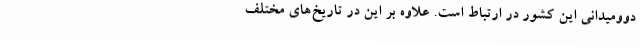
دوومیدانی این کشور در ارتباط است. علاوه بر این در تاریخ‌های مختلف